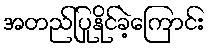
အတည်ပြုနိုင်ခဲ့ကြောင်း